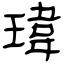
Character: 瑋